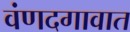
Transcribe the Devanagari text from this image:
वंणदगावात